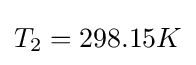
T_{2}=298.15K